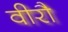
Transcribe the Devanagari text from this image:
वीरौ